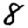
Digit: 8